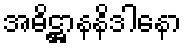
အဓိဋ္ဌာနနိဒါနော